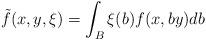
LaTeX: \begin{align*}\tilde f(x,y,\xi)=\int_B \xi(b)f(x,by)db\end{align*}